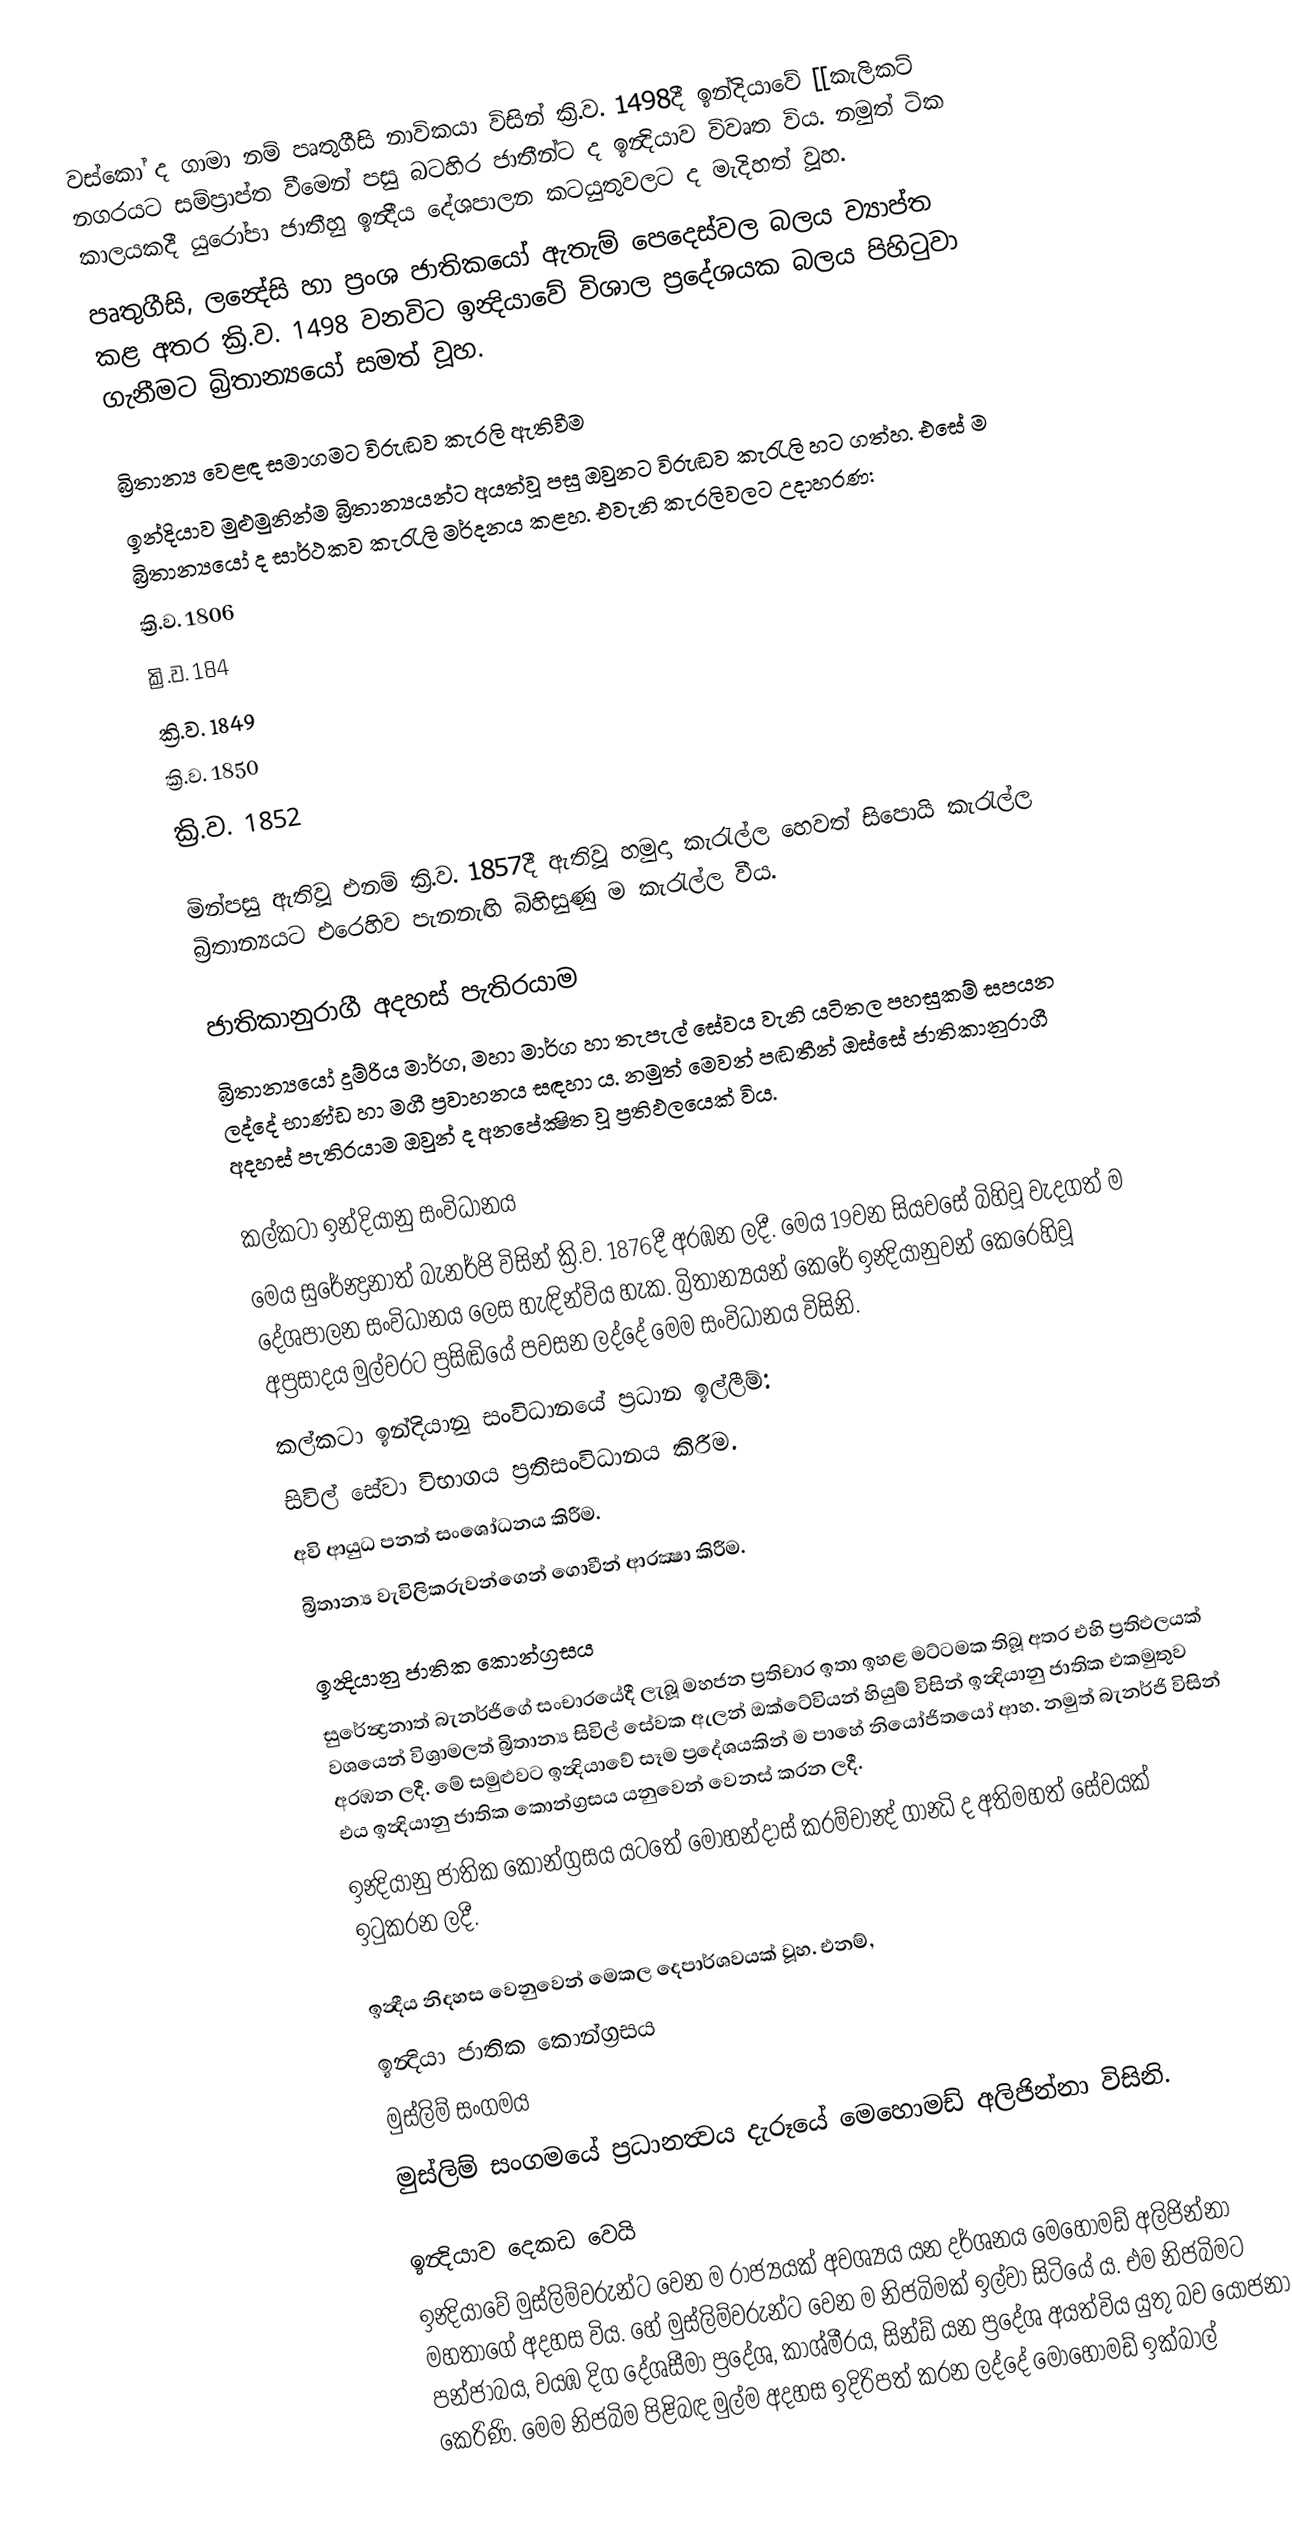
වස්කෝ ද ගාමා නම් පෘතුගීසි  නාවිකයා විසින් ක්‍රි.ව. 1498දී ඉන්දියාවේ  [[කැලිකට් නගරයට සම්ප්‍රාප්ත වී‍මෙන් පසු බටහිර ජාතීන්ට ද ඉන්‍දියාව විවෘත විය. නමුත් ටික කාලයකදී යුරෝපා ජාතීහු ඉන්‍දීය දේශපාලන කටයුතුවලට ද මැදිහත් වූහ.
පෘතුගීසි, ලන්‍දේසි හා ප්‍රංශ ජාතිකයෝ ඇතැම් පෙදෙස්වල බලය ව්‍යාප්ත කළ අතර ක්‍රි.ව. 1498 වනවිට ඉන්‍දියාවේ විශාල ප්‍රදේශයක බලය පිහිටුවා ගැනීමට බ්‍රිතාන්‍යයෝ සමත් වූහ.

බ්‍රිතාන්‍ය වෙළඳ සමාගමට විරුඬව කැරලි ඇතිවීම
ඉන්දියාව මුළුමුනින්ම බ්‍රිතාන්‍යයන්ට අයත්වූ පසු ඔවුනට විරුඬව කැරැලි හට ගත්හ. එසේ ම බ්‍රිතාන්‍යයෝ ද සාර්ථකව කැරැලි මර්දනය කළහ. එවැනි කැරලිවල‍ට උදාහරණ:
 ක්‍රි.ව. 1806
 ක්‍රි.ව. 184
 ක්‍රි.ව. 1849
 ක්‍රි.ව. 1850
 ක්‍රි.ව. 1852

මින්පසු ඇතිවූ එනම් ක්‍රි.ව. 1857දී ඇතිවූ හමුදා කැරැල්ල හෙවත් සිපොයි කැරැල්ල බ්‍රිතාන්‍යයට එරෙහිව පැනනැඟි බිහිසුණු ම කැරැල්ල වීය.

ජාතිකානුරාගී අදහස් පැතිරයාම
බ්‍රිතාන්‍යයෝ දුම්රිය මාර්ග, මහා මාර්ග හා තැපැල් සේවය වැනි යටිතල පහසුකම් සපයන ලද්දේ භාණ්ඩ හා මගී ප්‍රවාහනය සඳහා ය. නමුත් මෙවන් පඬතීන් ඔස්සේ ජාතිකානුරාගී අදහස් පැතිරයාම ඔවුන් ද අනපේක්‍ෂිත වූ ප්‍රතිඵලයෙක් විය.

කල්කටා ඉන්දියානු සංවිධානය
මෙය සුරේන්‍ද්‍රනාත් බැනර්ජි විසින් ක්‍රි.ව. 1876දී අරඹන ලදී. මෙය 19වන සියවසේ බිහිවූ වැදගත් ම දේශපාලන සංවිධානය ලෙස හැඳින්විය හැක. බ්‍රිතාන්‍යයන් කෙරේ ඉන්‍දියානුවන් කෙරෙහිවූ අප්‍රසාදය මුල්වරට ප්‍රසිඬියේ පවසන ලද්දේ මෙම සංවිධානය විසිනි.
කල්කටා ඉන්දියානු සංවිධානයේ ප්‍රධාන ඉල්ලීම්:
 සිවිල් සේවා විභාගය ප්‍රතිසංවිධානය කිරීම.
 අවි ආයුධ පනත් සංශෝධනය කිරීම.
 බ්‍රිතාන්‍ය වැවිලිකරුවන්ගෙන් ගොවීන් ආරක්‍ෂා කිරීම.

ඉන්‍දියානු ජාතික කොන්ග්‍රසය
සුරේන්‍ද්‍රනාත් බැනර්ජිගේ සංචාරයේදී ලැබූ මහජන ප්‍රතිචාර ඉතා ඉහළ මට්ටමක තිබූ අතර එහි ප්‍රතිඵලයක් වශයෙන් විශ්‍රාමලත් බ්‍රිතාන්‍ය සිවිල් සේවක ඇලන් ඔක්ටේවියන් හියුම් විසින් ඉන්‍දියානු ජාතික එකමුතුව අරඹන ලදී. මේ සමුළුවට ඉන්‍දි‍යාවේ සෑම ප්‍රදේශයකින් ම පාහේ නියෝජිතයෝ ආහ. නමුත් බැනර්ජි විසින් එය ඉන්‍දියානු ජාතික කොන්ග්‍රසය යනුවෙන් වෙනස් කරන ලදී.
ඉන්‍දියානු ජාතික කොන්ග්‍රසය යටතේ මෝහන්දාස් කරම්චාන්‍ද් ගාන්‍ධි ද අතිමහත් සේවයක් ඉටුකරන ලදී.

ඉන්‍දීය නිදහස වෙනුවෙන් මෙකල දෙපාර්ශවයක් වූහ. එනම්,
 ඉන්‍දියා ජාතික කොන්ග්‍රසය
 මුස්ලිම් සංගමය
මුස්ලිම් සංගමයේ ප්‍රධානත්‍වය දැරූයේ මෙහොමඩ් අලිජින්නා විසිනි.

ඉන්‍දියාව දෙකඩ වෙයි
ඉන්‍දියාවේ මුස්ලිම්වරුන්ට වෙන ම රාජ්‍යයක් අවශ්‍යය යන දර්ශනය මෙහොමඩ් අලිජින්නා මහතාගේ අදහස විය. හේ මුස්ලිම්වරුන්ට වෙන ම නිජබිමක් ඉල්වා සිටියේ ය. එම නිජබිම‍ට පන්ජාබය, වයඹ දිග දේශසීමා ප්‍රදේශ, කාශ්මීරය, සින්ඩ් යන ප්‍රදේශ අයත්විය යුතු බව යෝජනා කෙරිණි. මෙම නිජබිම පිළිබඳ මුල්ම අදහස ඉදිරිපත් කරන ලද්දේ මොහොමඩ් ඉක්බාල්